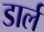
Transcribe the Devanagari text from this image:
डार्ल